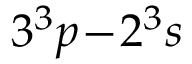
{ 3 ^ { 3 } p \! - \! 2 ^ { 3 } s }